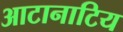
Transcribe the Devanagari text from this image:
आटानाटिय